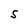
Character: S